Scientific memoirs by medical officers of the Army of India - Part V,
Year: 1890
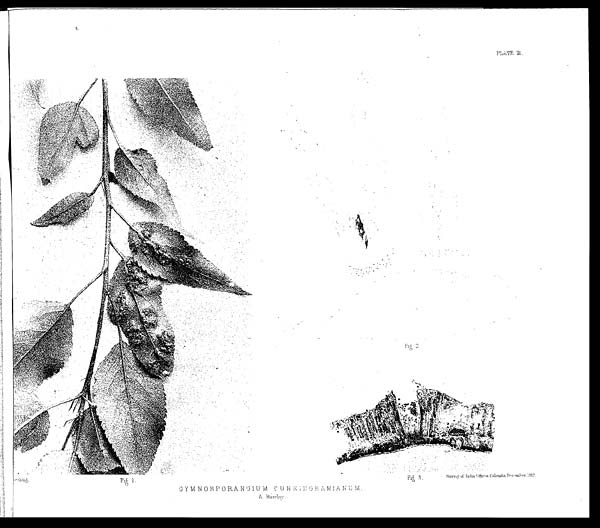
PLATE III
<illegible> GYMNOSPORANGIUM CUNNINGHAMIANUM.
A. Barclay